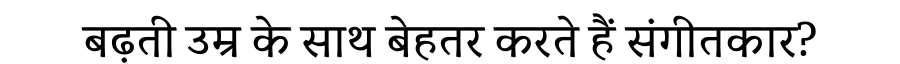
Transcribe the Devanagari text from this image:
बढ़ती उम्र के साथ बेहतर करते हैं संगीतकार?